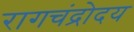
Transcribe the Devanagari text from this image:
रागचंद्रोदय